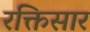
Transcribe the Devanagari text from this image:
रक्तिसार